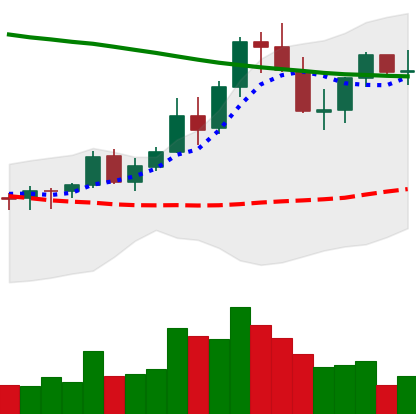
Ticker: XLM-USD
Chart end date: 2021-08-22
Forward return: -4.259%
Label: down_3_5